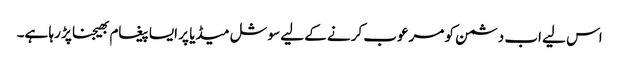
اس لیے اب دشمن کو مرعوب کرنے کے لیے سوشل میڈیا پر ایسا پیغام بھیجنا پڑ رہا ہے۔